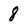
Character: 8